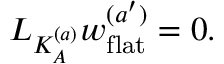
{ \cal L } _ { K _ { A } ^ { ( a ) } } w _ { \mathrm { f l a t } } ^ { ( a ^ { \prime } ) } = 0 .